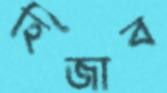
হিজাব